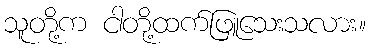
သူတို့က ငါတို့ထက်ဖြူသေးသလား။